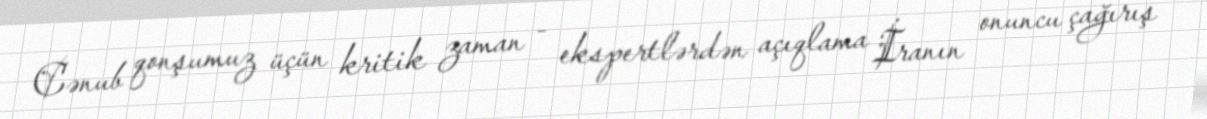
Cənub qonşumuz üçün kritik zaman - ekspertlərdən açıqlama İranın onuncu çağırış